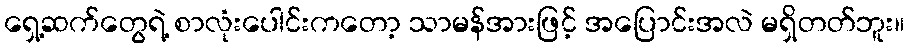
ရှေ့ဆက်တွေရဲ့ စာလုံးပေါင်းကတော့ သာမန်အားဖြင့် အပြောင်းအလဲ မရှိတတ်ဘူး။